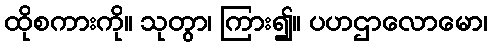
ထိုစကားကို။ သုတွာ၊ ကြား၍။ ပဟဌာလောမော၊